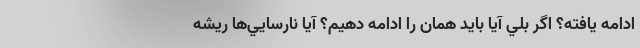
ادامه يافته؟ اگر بلي آيا بايد همان را ادامه دهيم؟ آيا نارسايي‌ها ريشه